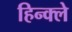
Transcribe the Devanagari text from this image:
हिन्क्ले